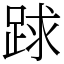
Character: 䟵